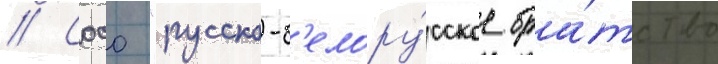
// Сооо "русско-б'елору́сское бра́тство